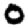
Digit: 0